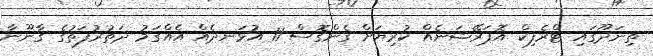
ތިނަދޫގައި ޓްރެފިކް އޮޕަރޭޝަނެއް ކުރިޔަށް ގެންގޮސް 11 އުޅަނދެއް އެއްގަމު ދަތުރުފަތުގެ ޤާނޫނާ